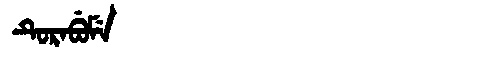
Manchu: ᡨᡠᡵᠠᠪᡠᠮᡝ
Romanization: TURABUME